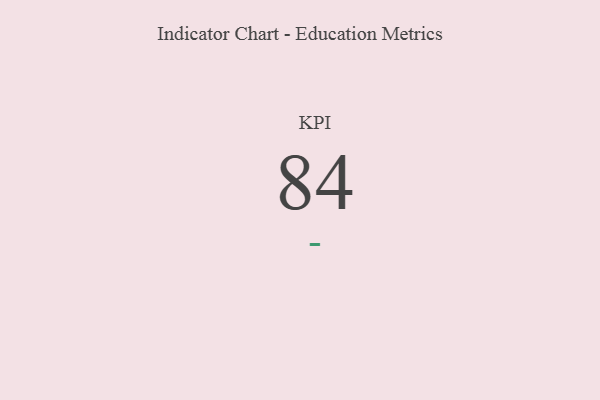
{"axis": {"x": "KPI", "y": "Value"}, "legend": [""], "data": [{"x": "KPI", "y": 84, "type": ""}]}